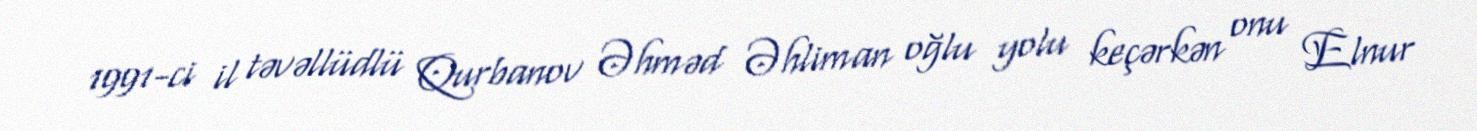
1991-ci il təvəllüdlü Qurbanov Əhməd Əhliman oğlu yolu keçərkən onu Elnur